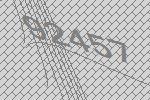
92457